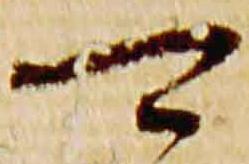
可